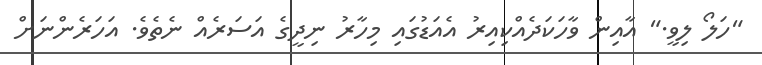
"ހަލޯ ލިވީ." އާއިން ވާހަކަދެއްކިއިރު އެއަޑުގައި މިހާރު ނިދީގެ އަސަރެއް ނެތެވެ. އަހަރެންނަށް